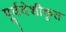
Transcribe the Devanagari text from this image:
पूर्वदेशीकृत